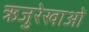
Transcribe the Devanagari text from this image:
ऋजुरेखाओं